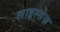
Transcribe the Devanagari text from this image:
लाइस्सेज़